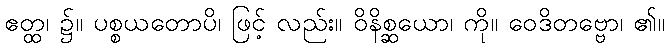
ဧတ္ထ၊ ၌။ ပစ္စယတောပိ၊ ဖြင့် လည်း။ ဝိနိစ္ဆယော၊ ကို။ ဝေဒိတဗ္ဗော၊ ၏။